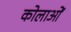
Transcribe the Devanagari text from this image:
कोलाओं